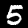
Label: 5